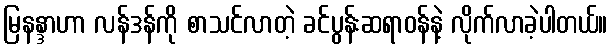
မြနန္ဒာဟာ လန်ဒန်ကို စာသင်လာတဲ့ ခင်ပွန်းဆရာဝန်နဲ့ လိုက်လာခဲ့ပါတယ်။